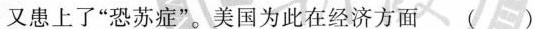
又患上了”恐苏症”。美国为此在经济方面()